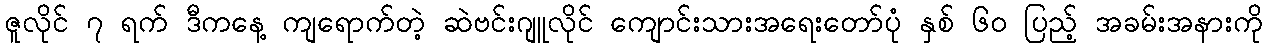
ဇူလိုင် ၇ ရက် ဒီကနေ့ ကျရောက်တဲ့ ဆဲဗင်းဂျူလိုင် ကျောင်းသားအရေးတော်ပုံ နှစ် ၆၀ ပြည့် အခမ်းအနားကို